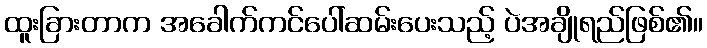
ထူးခြားတာက အခေါက်ကင်ပေါ်ဆမ်းပေးသည့် ပဲအချိုရည်ဖြစ်၏။